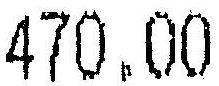
470.00